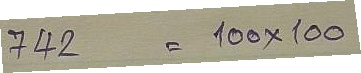
742 = 100 x 100